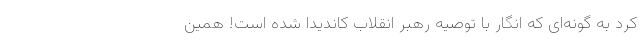
کرد به گونه‌ای که انگار با توصیه رهبر انقلاب کاندیدا شده است! همین